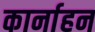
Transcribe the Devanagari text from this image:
कार्नाहन